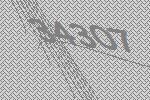
34307